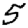
Digit: 5